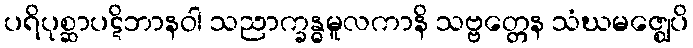
ပရိပုစ္ဆာပဋိဘာနဝါ သညာက္ခန္ဓမူလကာနိ သဗ္ဗတ္တေန သံဃမဇ္ဈေပိ